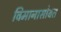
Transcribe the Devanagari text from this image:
विमानासोबत